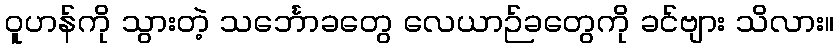
ဝူဟန်ကို သွားတဲ့ သင်္ဘောခတွေ လေယာဉ်ခတွေကို ခင်ဗျား သိလား။